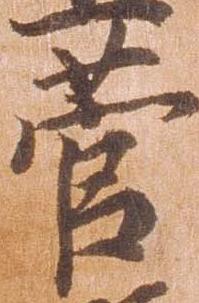
菅